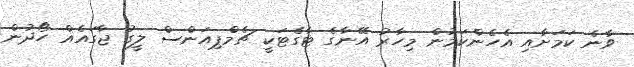
ވާނެ ކަމަށާއި އެހެންކަމުން މިހާރު އޭނާގެ ޓާގެޓަކީ ޗެމްޕިއަންސް ލީގު ޖާގައެއް ހޯދުން